Report on vaccination North-West Frontier Province 1904-1922 - 1904-1922
Year: 1904
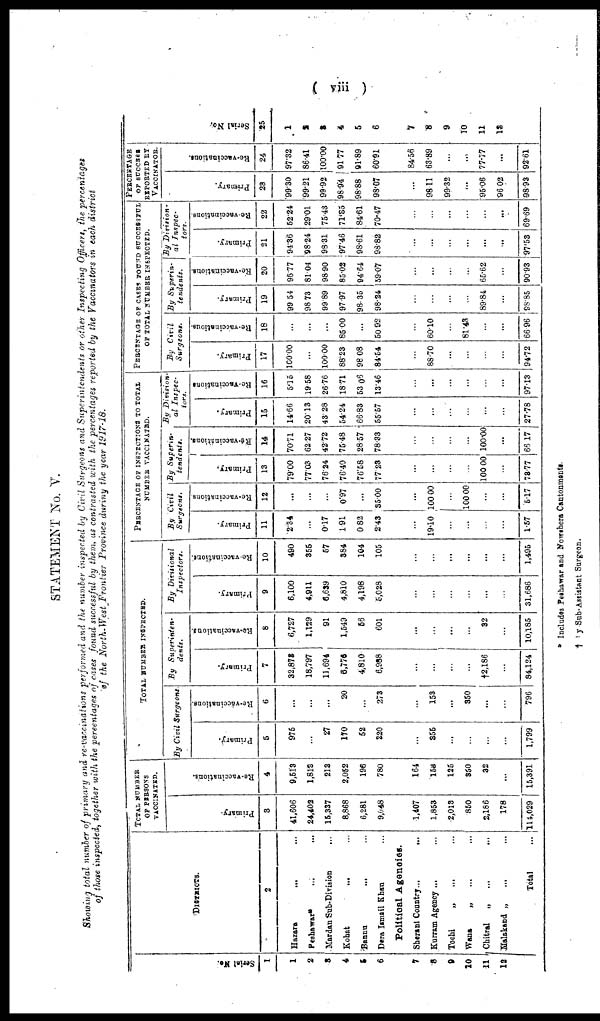
( viii )
STATEMENT No. V.
Showing total number of primary and re-vaccinations performed and the number inspected by Civil Surgeons and Superintendents or other Inspecting Officers, the percentages
of those inspected, together with the percentages of cases found successful by them, as contrasted with the percentages reported by the Vaccinators in each district
of the North-West Frontier Province during the year 1917-18.
Serial No.
1
1
2
3
4
5
6
7
8
9
10
11
12
DISTRICTS.
2
Hazara
...
...
Peshawar* ... ...
Mardan Sub-Division ...
Kohat ... ...
Bannu
...
...
Dera Ismail Khan ...
Political Agencies.
Sherani Country
...
...
Kurram Agency ... ...
Tochi
„ ... ...
Wana
„ ... ...
Chitral
„ ... ...
Malakand „ ... ...
Total ...
TOTAL NUMBER
OF PERSONS
VACCINATED.
Primary.
3
41,606
24,402
15,337
8,868
6,281
9,048
1,407
1,853
2,013
850
2,186
178
114,029
Re-vaccinations.
4
9,513
1,813
213
2,052
196
780
164
158
125
850
32
...
15,391
TOTAL NUMBER INSPECTED.
By Civil Surgeons
Primary.
5
975
...
27
170
52
220
...
955
...
...
...
...
1,799
Re-vaccinations.
6
...
...
...
20
...
273
...
153
...
350
...
...
796
By Superinten-
dents.
Primary.
7
32,873
18,797
11,694
6,776
4,810
6,988
...
...
...
...
†2,186
...
84,124
Re-vaccinations.
8
6,727
1,129
91
1,549
56
601
...
...
...
...
32
...
10,185
By Divisional
Inspectors.
Primary.
9
6,100
4,911
6,639
4,810
4,198
5,028
...
...
...
...
...
...
31,686
Re-vaccinations.
10
490
355
57
884
104
105
...
...
...
...
...
...
1,495
PERCENTAGE OF INSPECTIONS TO TOTAL
NUMBER VACCINATED.
By Civil
Surgeons.
Primary.
11
2.34
...
0.17
1.91
0.82
2.43
...
19.10
...
...
...
...
1.57
Re-vaccinations.
12
...
...
...
0.97
...
35.00
...
100.00
...
100.00
...
...
5.17
By Superin-
tendents.
Primary.
13
79.00
77.03
76.24
76.40
76.58
77.23
...
...
...
...
100.00
...
78.77
Re-vaccinnations.
14
70.71
62.27
42.72
75.48
28.57
78.33
...
...
...
...
100.00
...
66.17
By Division-
al Inspec-
tors.
Primary.
15
14.66
20.13
43.28
54.24
66.83
55.57
...
...
...
...
...
...
27.78
Re-vaccinations
16
5.15
19.58
26.76
18.71
53.06
13.46
...
...
...
...
...
...
97.13
PERCENTAGE OF CASES FOUND SUCCESSFUL
OF TOTAL NUMBER INSPECTED.
By Civil
Surgeons.
Primary.
17
100.00
...
100.00
88.23
98.08
84.54
...
88.70
...
...
...
...
94.72
Re-vaccinations.
18
...
...
...
85.00
...
50.92
...
60.10
...
81.43
...
...
66.96
By Superin-
tendents.
Primary.
19
99.54
98.73
99.89
97.97
98.35
98.24
...
...
...
...
89.84
...
98.85
Re-vaccinations.
20
95.77
81.04
98.90
85.02
94.64
59.07
...
...
...
...
65.62
...
90.93
By Division-
al Inspec-
tors.
Primary.
21
94.36
98.24
99.31
97.46
98.61
98.82
...
...
...
...
...
...
97.53
Re-vaccinations.
22
52.24
29.01
75.43
71.85
84.61
70.47
...
...
...
...
...
...
69.69
PERCENTAGE
OF SUCCESS
REPORTED BY
VACCINATOR.
Primary.
23
99.30
99.21
99.92
98.94
98.88
98.07
...
98.11
99.32
...
95.06
96.02
98.93
Re-vaccinations.
24
97.32
86.41
100.00
91.77
91.89
60.91
84.56
63.89
...
...
77.77
...
92.61
Serial No.
25
1
2
3
4
5
6
7
8
9
10
11
12
* Includes Peshawar and Nowshera Cantonments.
† By Sub-Astistant Surgeon.